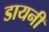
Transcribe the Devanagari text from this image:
डायनी